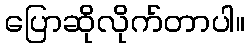
ပြောဆိုလိုက်တာပါ။